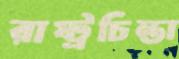
রাষ্ট্রচিন্তা